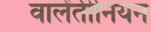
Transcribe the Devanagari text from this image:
वालेंतीनियन